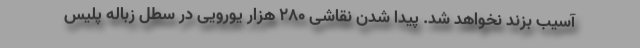
آسیب بزند نخواهد شد. پیدا شدن نقاشی ۲۸۰ هزار یورویی در سطل زباله پلیس